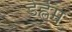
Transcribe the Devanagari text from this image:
डेह्लेम